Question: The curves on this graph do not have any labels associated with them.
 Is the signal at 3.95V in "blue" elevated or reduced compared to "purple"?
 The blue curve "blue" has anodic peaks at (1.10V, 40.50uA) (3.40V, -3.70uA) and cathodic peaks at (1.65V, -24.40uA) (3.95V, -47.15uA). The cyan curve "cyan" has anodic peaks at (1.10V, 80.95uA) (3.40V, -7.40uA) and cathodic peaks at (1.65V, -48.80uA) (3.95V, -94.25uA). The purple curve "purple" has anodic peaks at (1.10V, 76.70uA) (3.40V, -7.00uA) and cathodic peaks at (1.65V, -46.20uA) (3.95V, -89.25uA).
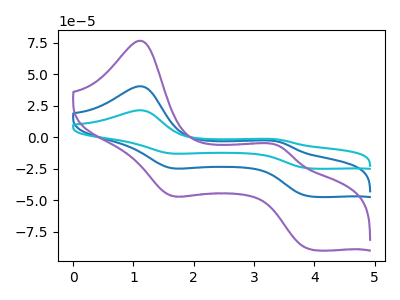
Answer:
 <answer>The peak at 3.95V is lower in "blue" than in "purple".</answer>
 <eval>lower</eval>